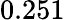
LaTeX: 0.251